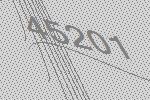
45201